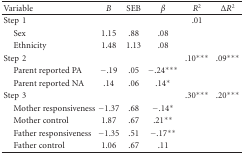
<table><thead><tr><td><b>Variable</b></td><td><b><i>B</i></b></td><td><b>SEB</b></td><td><b><i>β</i></b></td><td><b><i>R</i>2</b></td><td><b>Δ<i>R</i>2</b></td></tr></thead><tbody><tr><td>Step1</td><td></td><td></td><td></td><td>.01</td><td></td></tr><tr><td> Sex</td><td>1.15</td><td>.88</td><td>.08</td><td></td><td></td></tr><tr><td> Ethnicity</td><td>1.48</td><td>1.13</td><td>.08</td><td></td><td></td></tr><tr><td>Step2</td><td></td><td></td><td></td><td>.10***</td><td>.09***</td></tr><tr><td> Parent reported PA</td><td>−.19</td><td>.05</td><td>−.24***</td><td></td><td></td></tr><tr><td> Parent reported NA</td><td>.14</td><td>.06</td><td>.14*</td><td></td><td></td></tr><tr><td>Step3</td><td></td><td></td><td></td><td>.30***</td><td>.20***</td></tr><tr><td> Mother responsiveness</td><td>−1.37</td><td>.68</td><td>−.14*</td><td></td><td></td></tr><tr><td> Mother control</td><td>1.87</td><td>.67</td><td>.21**</td><td></td><td></td></tr><tr><td> Father responsiveness</td><td>−1.35</td><td>.51</td><td>−.17**</td><td></td><td></td></tr><tr><td> Father control</td><td>1.06</td><td>.67</td><td>.11</td><td></td><td></td></tr></tbody></table>